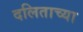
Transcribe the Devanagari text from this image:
दलिताच्या